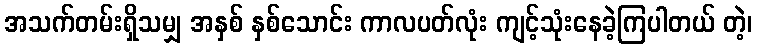
အသက်တမ်းရှိသမျှ အနှစ် နှစ်သောင်း ကာလပတ်လုံး ကျင့်သုံးနေခဲ့ကြပါတယ် တဲ့၊